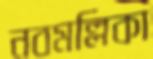
নবমল্লিকা